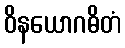
ဝိနယောဂဓိတံ